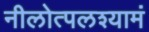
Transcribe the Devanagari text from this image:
नीलोत्पलश्यामं